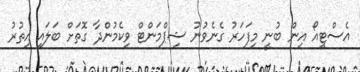
އެސްޓީއޯ އިން ބުނީ މިފަހަރު ގެނެވުނު ޝިޕްމަންޓް ވިކެމުންދާ ގޮތަށް ބަލައި އިތުރު